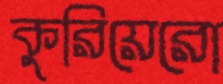
কুরিয়েরো